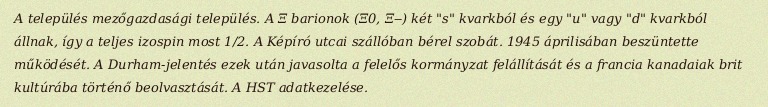
A település mezőgazdasági település. A Ξ barionok (Ξ0, Ξ‒) két "s" kvarkból és egy "u" vagy "d" kvarkból állnak, így a teljes izospin most 1/2. A Képíró utcai szállóban bérel szobát. 1945 áprilisában beszüntette működését. A Durham-jelentés ezek után javasolta a felelős kormányzat felállítását és a francia kanadaiak brit kultúrába történő beolvasztását. A HST adatkezelése.